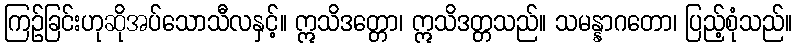
ကြဉ်ခြင်းဟုဆိုအပ်သောသီလနှင့်။ ဣသိဒတ္တော၊ ဣသိဒတ္တသည်။ သမန္နာဂတော၊ ပြည့်စုံသည်။